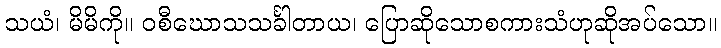
သယံ၊ မိမိကို။ ဝစီဃောသသင်္ခါတာယ၊ ပြောဆိုသောစကားသံဟုဆိုအပ်သော။